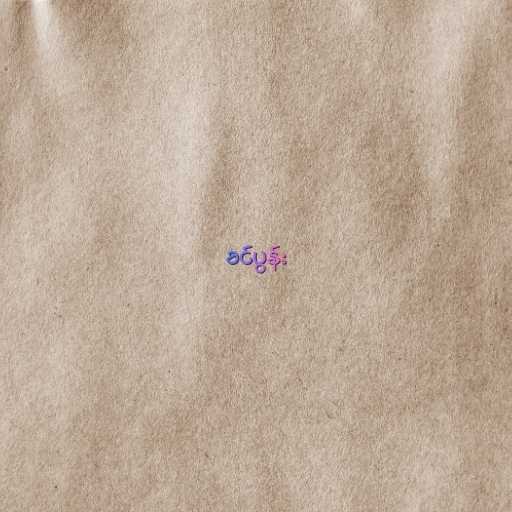
ခင်ပွန်း